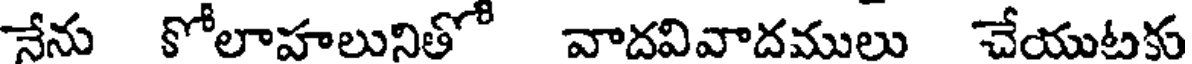
నేను కోలాహలునితో వాదవివాదములు చేయుటకు